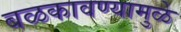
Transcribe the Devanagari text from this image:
बळकावण्यामुळे